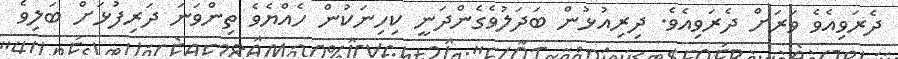
ދެރަވިއެވެ ވަރަށް ދެރަވިއެވެ. ދިރިއުޅުން ބަދަލުވެގެންދަނީ ކިހިނަކުން ހެއްޔެވެ ތިންވަނަ ދަރިފުޅަށް ބަލިވެ